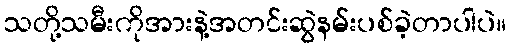
သတို့သမီးကိုအားနဲ့အတင်းဆွဲနမ်းပစ်ခဲ့တာပါပဲ။